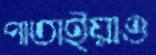
পাতাইয়াও